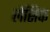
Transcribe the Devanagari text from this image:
लेसिक